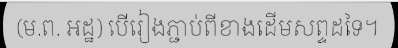
(ម.ព. អដ្ឋ) បើរៀងភ្ជាប់ពីខាងដើមសព្ទដទៃ។